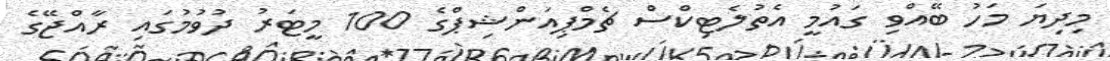
މިދިޔަ މަހު ބޭއްވި ގައުމީ އެތުލެޓިކްސް ޗެމްޕިއަންޝިޕްގެ 100 މީޓަރު ދުވުމުގައި ރާއްޖޭގެ